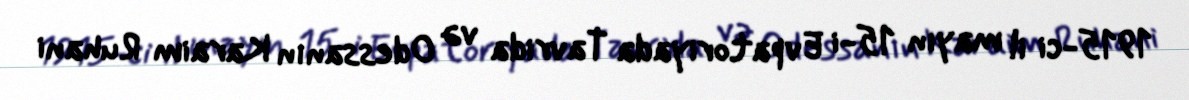
1915-ci il mayın 15-i Evpatoriyada Tavrida və Odessanın Karaim Ruhani